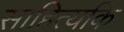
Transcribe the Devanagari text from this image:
साहित्यकि